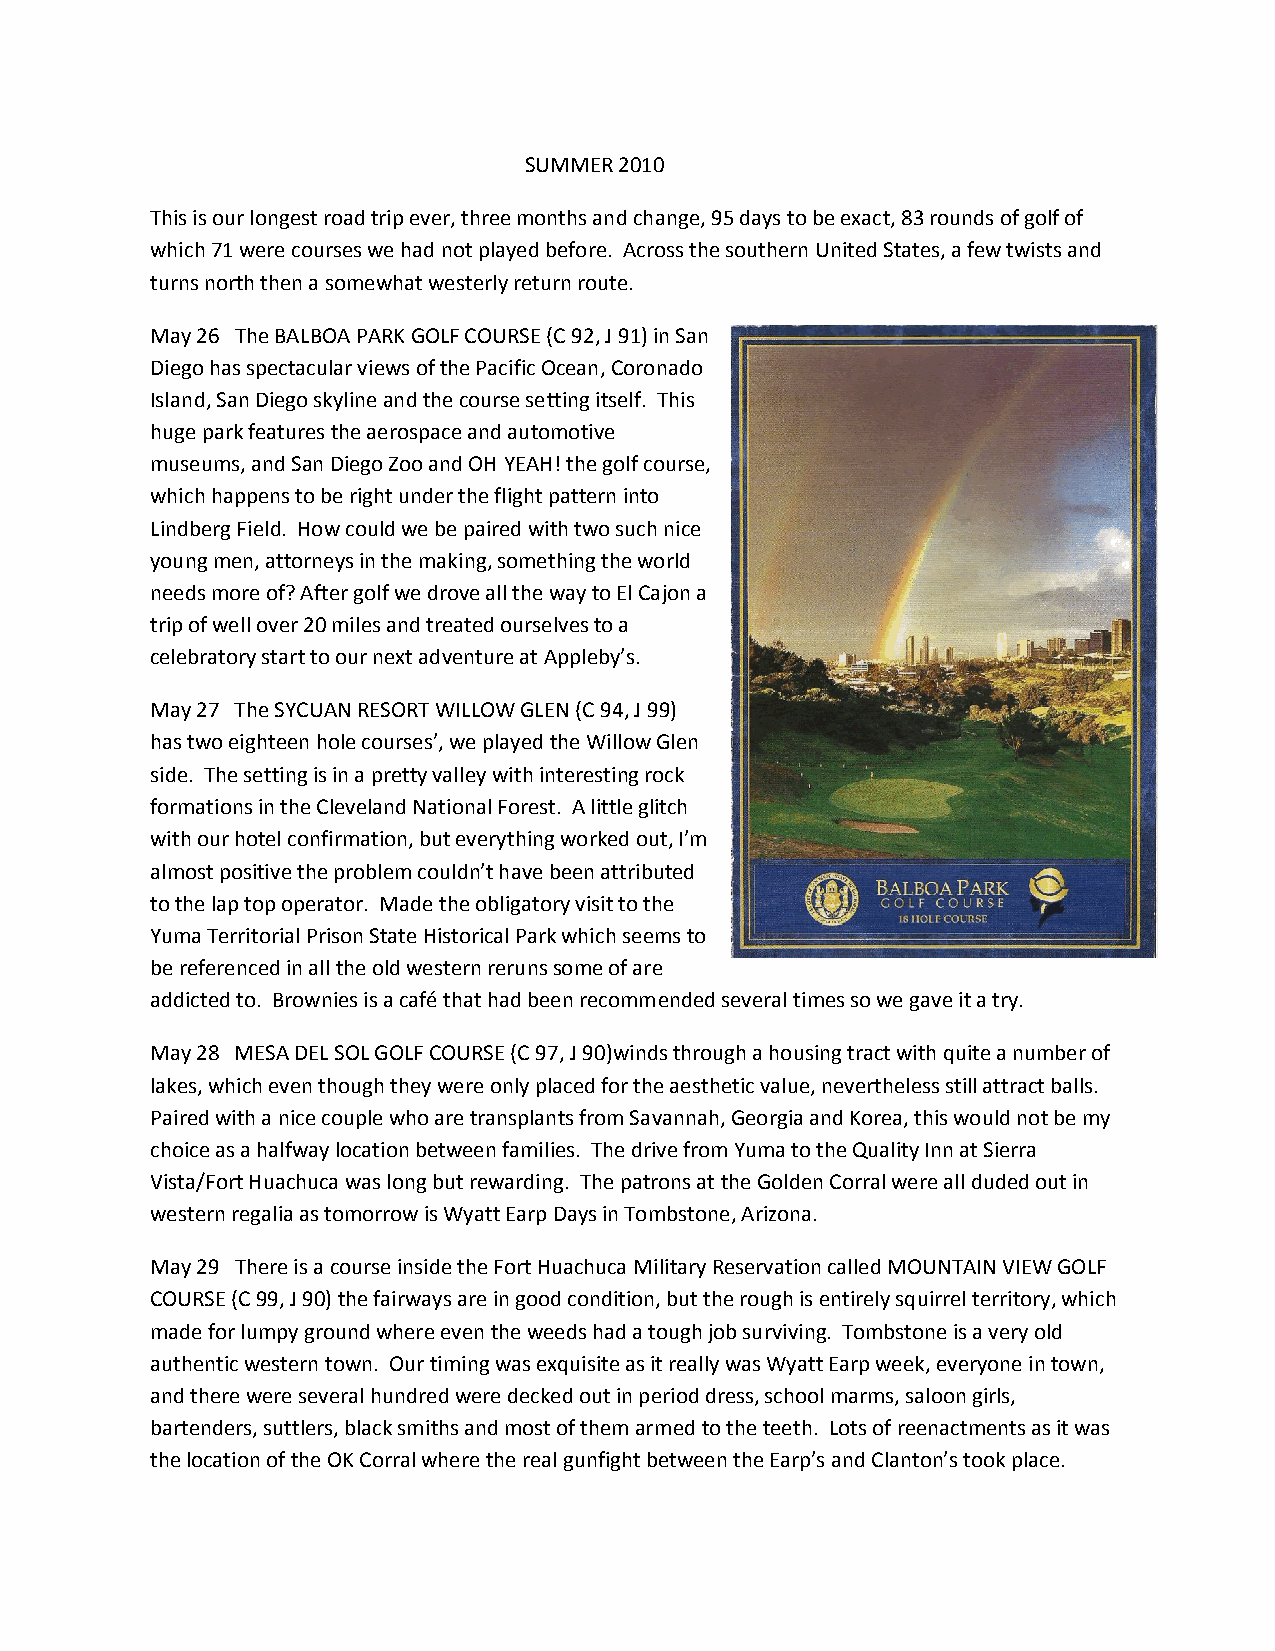
SUMMER 2010
 This is our longest road trip ever, three months and change, 95 days to be exact, 83 rounds of golf of
 which 71 were courses we had not played before. Across the southern United States, a few twists and
 turns north then a somewhat westerly return route.
 May 26 The BALBOA PARK GOLF COURSE (C 92, J 91) in San
 Diego has spectacular views of the Pacific Ocean, Coronado
 Island, San Diego skyline and the course setting itself. This
 huge park features the aerospace and automotive
 museums, and San Diego Zoo and OH YEAH! the golf course,
 which happens to be right under the flight pattern into
 Lindberg Field. How could we be paired with two such nice
 young men, attorneys in the making, something the world
 needs more of? After golf we drove all the way to El Cajon a
 trip of well over 20 miles and treated ourselves to a
 celebratory start to our next adventure at Appleby’s.
 May 27 The SYCUAN RESORT WILLOW GLEN (C 94, J 99)
 has two eighteen hole courses’, we played the Willow Glen
 side. The setting is in a pretty valley with interesting rock
 formations in the Cleveland National Forest. A little glitch
 with our hotel confirmation, but everything worked out, I’m
 almost positive the problem couldn’t have been attributed
 to the lap top operator. Made the obligatory visit to the
 Yuma Territorial Prison State Historical Park which seems to
 be referenced in all the old western reruns some of are
 addicted to. Brownies is a café that had been recommended several times so we gave it a try.
 May 28 MESA DEL SOL GOLF COURSE (C 97, J 90)winds through a housing tract with quite a number of
 lakes, which even though they were only placed for the aesthetic value, nevertheless still attract balls.
 Paired with a nice couple who are transplants from Savannah, Georgia and Korea, this would not be my
 choice as a halfway location between families. The drive from Yuma to the Quality Inn at Sierra
 Vista/Fort Huachuca was long but rewarding. The patrons at the Golden Corral were all duded out in
 western regalia as tomorrow is Wyatt Earp Days in Tombstone, Arizona.
 May 29 There is a course inside the Fort Huachuca Military Reservation called MOUNTAIN VIEW GOLF
 COURSE (C 99, J 90) the fairways are in good condition, but the rough is entirely squirrel territory, which
 made for lumpy ground where even the weeds had a tough job surviving. Tombstone is a very old
 authentic western town. Our timing was exquisite as it really was Wyatt Earp week, everyone in town,
 and there were several hundred were decked out in period dress, school marms, saloon girls,
 bartenders, suttlers, black smiths and most of them armed to the teeth. Lots of reenactments as it was
 the location of the OK Corral where the real gunfight between the Earp’s and Clanton’s took place.